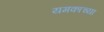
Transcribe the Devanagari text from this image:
यमकाच्या